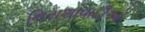
નિરાશાવાદીઓ